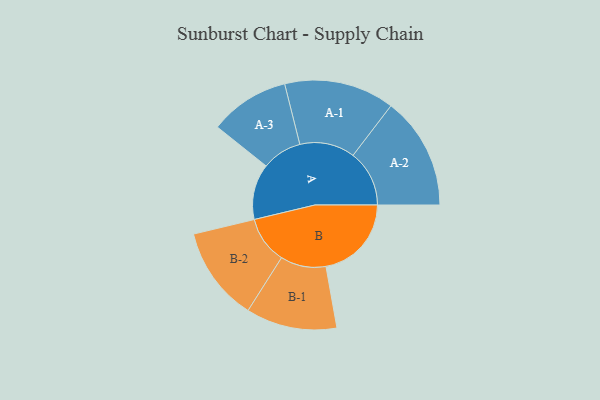
{"axis": {"x": "Segment", "y": "Value"}, "legend": ["", "A", "B"], "data": [{"x": "A", "y": 290, "type": ""}, {"x": "B", "y": 445, "type": ""}, {"x": "A-1", "y": 287, "type": "A"}, {"x": "A-2", "y": 293, "type": "A"}, {"x": "A-3", "y": 208, "type": "A"}, {"x": "B-1", "y": 237, "type": "B"}, {"x": "B-2", "y": 246, "type": "B"}]}